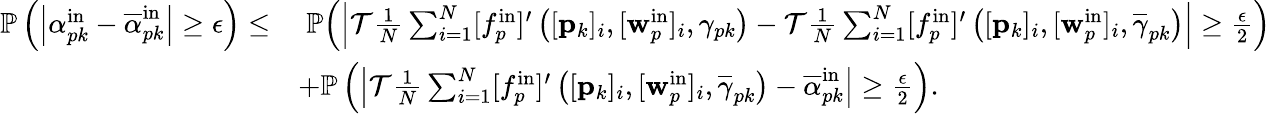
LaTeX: \begin{array}{rl}{\mathbb{P}\left(\left|\alpha_{pk}^{\mathrm{in}}-\overline{{\alpha}}_{pk}^{\mathrm{in}}\right|\geq\epsilon\right)\leq}&{\; \mathbb{P}\Big(\Big|\mathcal{T}\frac{1}{N}\sum_{i=1}^{N}[f_{p}^{\mathrm{in}}]^{\prime}\left([\mathbf{p}_{k}]_{i},[\mathbf{w}_{p}^{\mathrm{in}}]_{i},\gamma_{pk}\right)-\mathcal{T}\frac{1}{N}\sum_{i=1}^{N}[f_{p}^{\mathrm{in}}]^{\prime}\left([\mathbf{p}_{k}]_{i},[\mathbf{w}_{p}^{\mathrm{in}}]_{i},\overline{{\gamma}}_{pk}\right)\Big|\geq\frac{\epsilon}{2}\Big)}\\ &{+\mathbb{P}\left(\left|\mathcal{T}\frac{1}{N}\sum_{i=1}^{N}[f_{p}^{\mathrm{in}}]^{\prime}\left([\mathbf{p}_{k}]_{i},[\mathbf{w}_{p}^{\mathrm{in}}]_{i},\overline{{\gamma}}_{pk}\right)-\overline{{\alpha}}_{pk}^{\mathrm{in}}\right|\geq\frac{\epsilon}{2}\right).}\end{array}